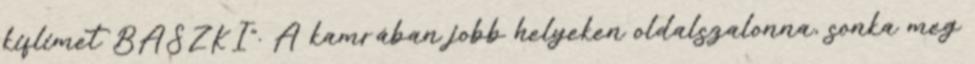
kiflimet BASZKI". A kamrában jobb helyeken oldalszalonna, sonka meg